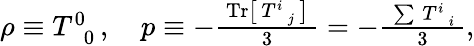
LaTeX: \begin{array}{r}{\rho\equiv T_{\, \, \, 0}^{0}\, ,\quad p\equiv-\frac{~\mathrm{Tr}\big[\, T_{\, \, \, j}^{i}\, \big]~}{3}=-\frac{~\sum\, T_{\, \, \, i}^{i}~}{3},}\end{array}